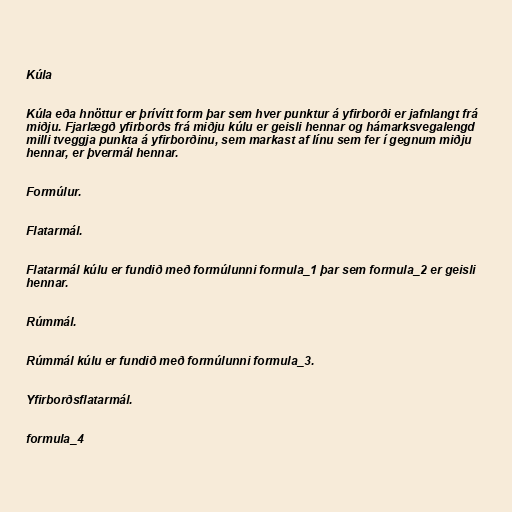
Kúla

Kúla eða hnöttur er þrívítt form þar sem hver punktur á yfirborði er jafnlangt frá
miðju. Fjarlægð yfirborðs frá miðju kúlu er geisli hennar og hámarksvegalengd
milli tveggja punkta á yfirborðinu, sem markast af línu sem fer í gegnum miðju
hennar, er þvermál hennar.

Formúlur.

Flatarmál.

Flatarmál kúlu er fundið með formúlunni formula_1 þar sem formula_2 er geisli
hennar.

Rúmmál.

Rúmmál kúlu er fundið með formúlunni formula_3.

Yfirborðsflatarmál.

formula_4